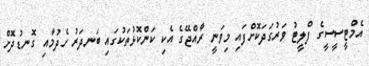
އެމްޓީސީސީގެ ފްލީޓު ވަރުގަދަކޮށްފައި މިވަނީ ރާއްޖޭގެ އެކި ކަންކޮޅުތަކުގައި ބަނދަރު ހެދުމާއި ގޮނޑުދޮށް